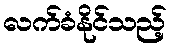
လက်ခံနိုင်သည့်